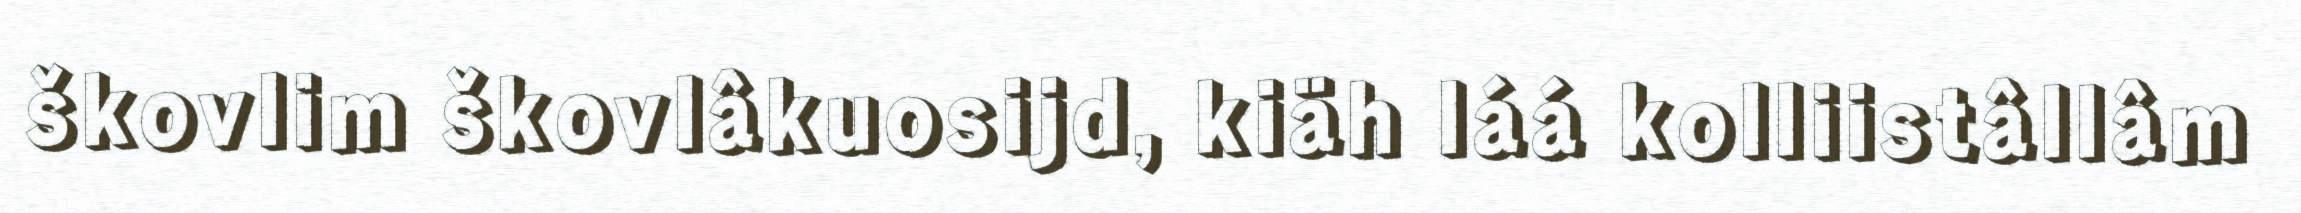
škovlim škovlâkuosijd, kiäh láá kolliistâllâm